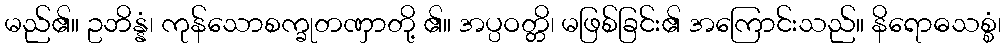
မည်၏။ ဥဘိန္နံ၊ ကုန်သောစက္ခုတဏှာတို့ ၏။ အပ္ပဝတ္တိ၊ မဖြစ်ခြင်း၏ အကြောင်းသည်။ နိရောဓသစ္စံ၊